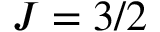
J = 3 / 2